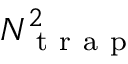
N _ { \mathrm { ~ t ~ r ~ a ~ p ~ } } ^ { 2 }